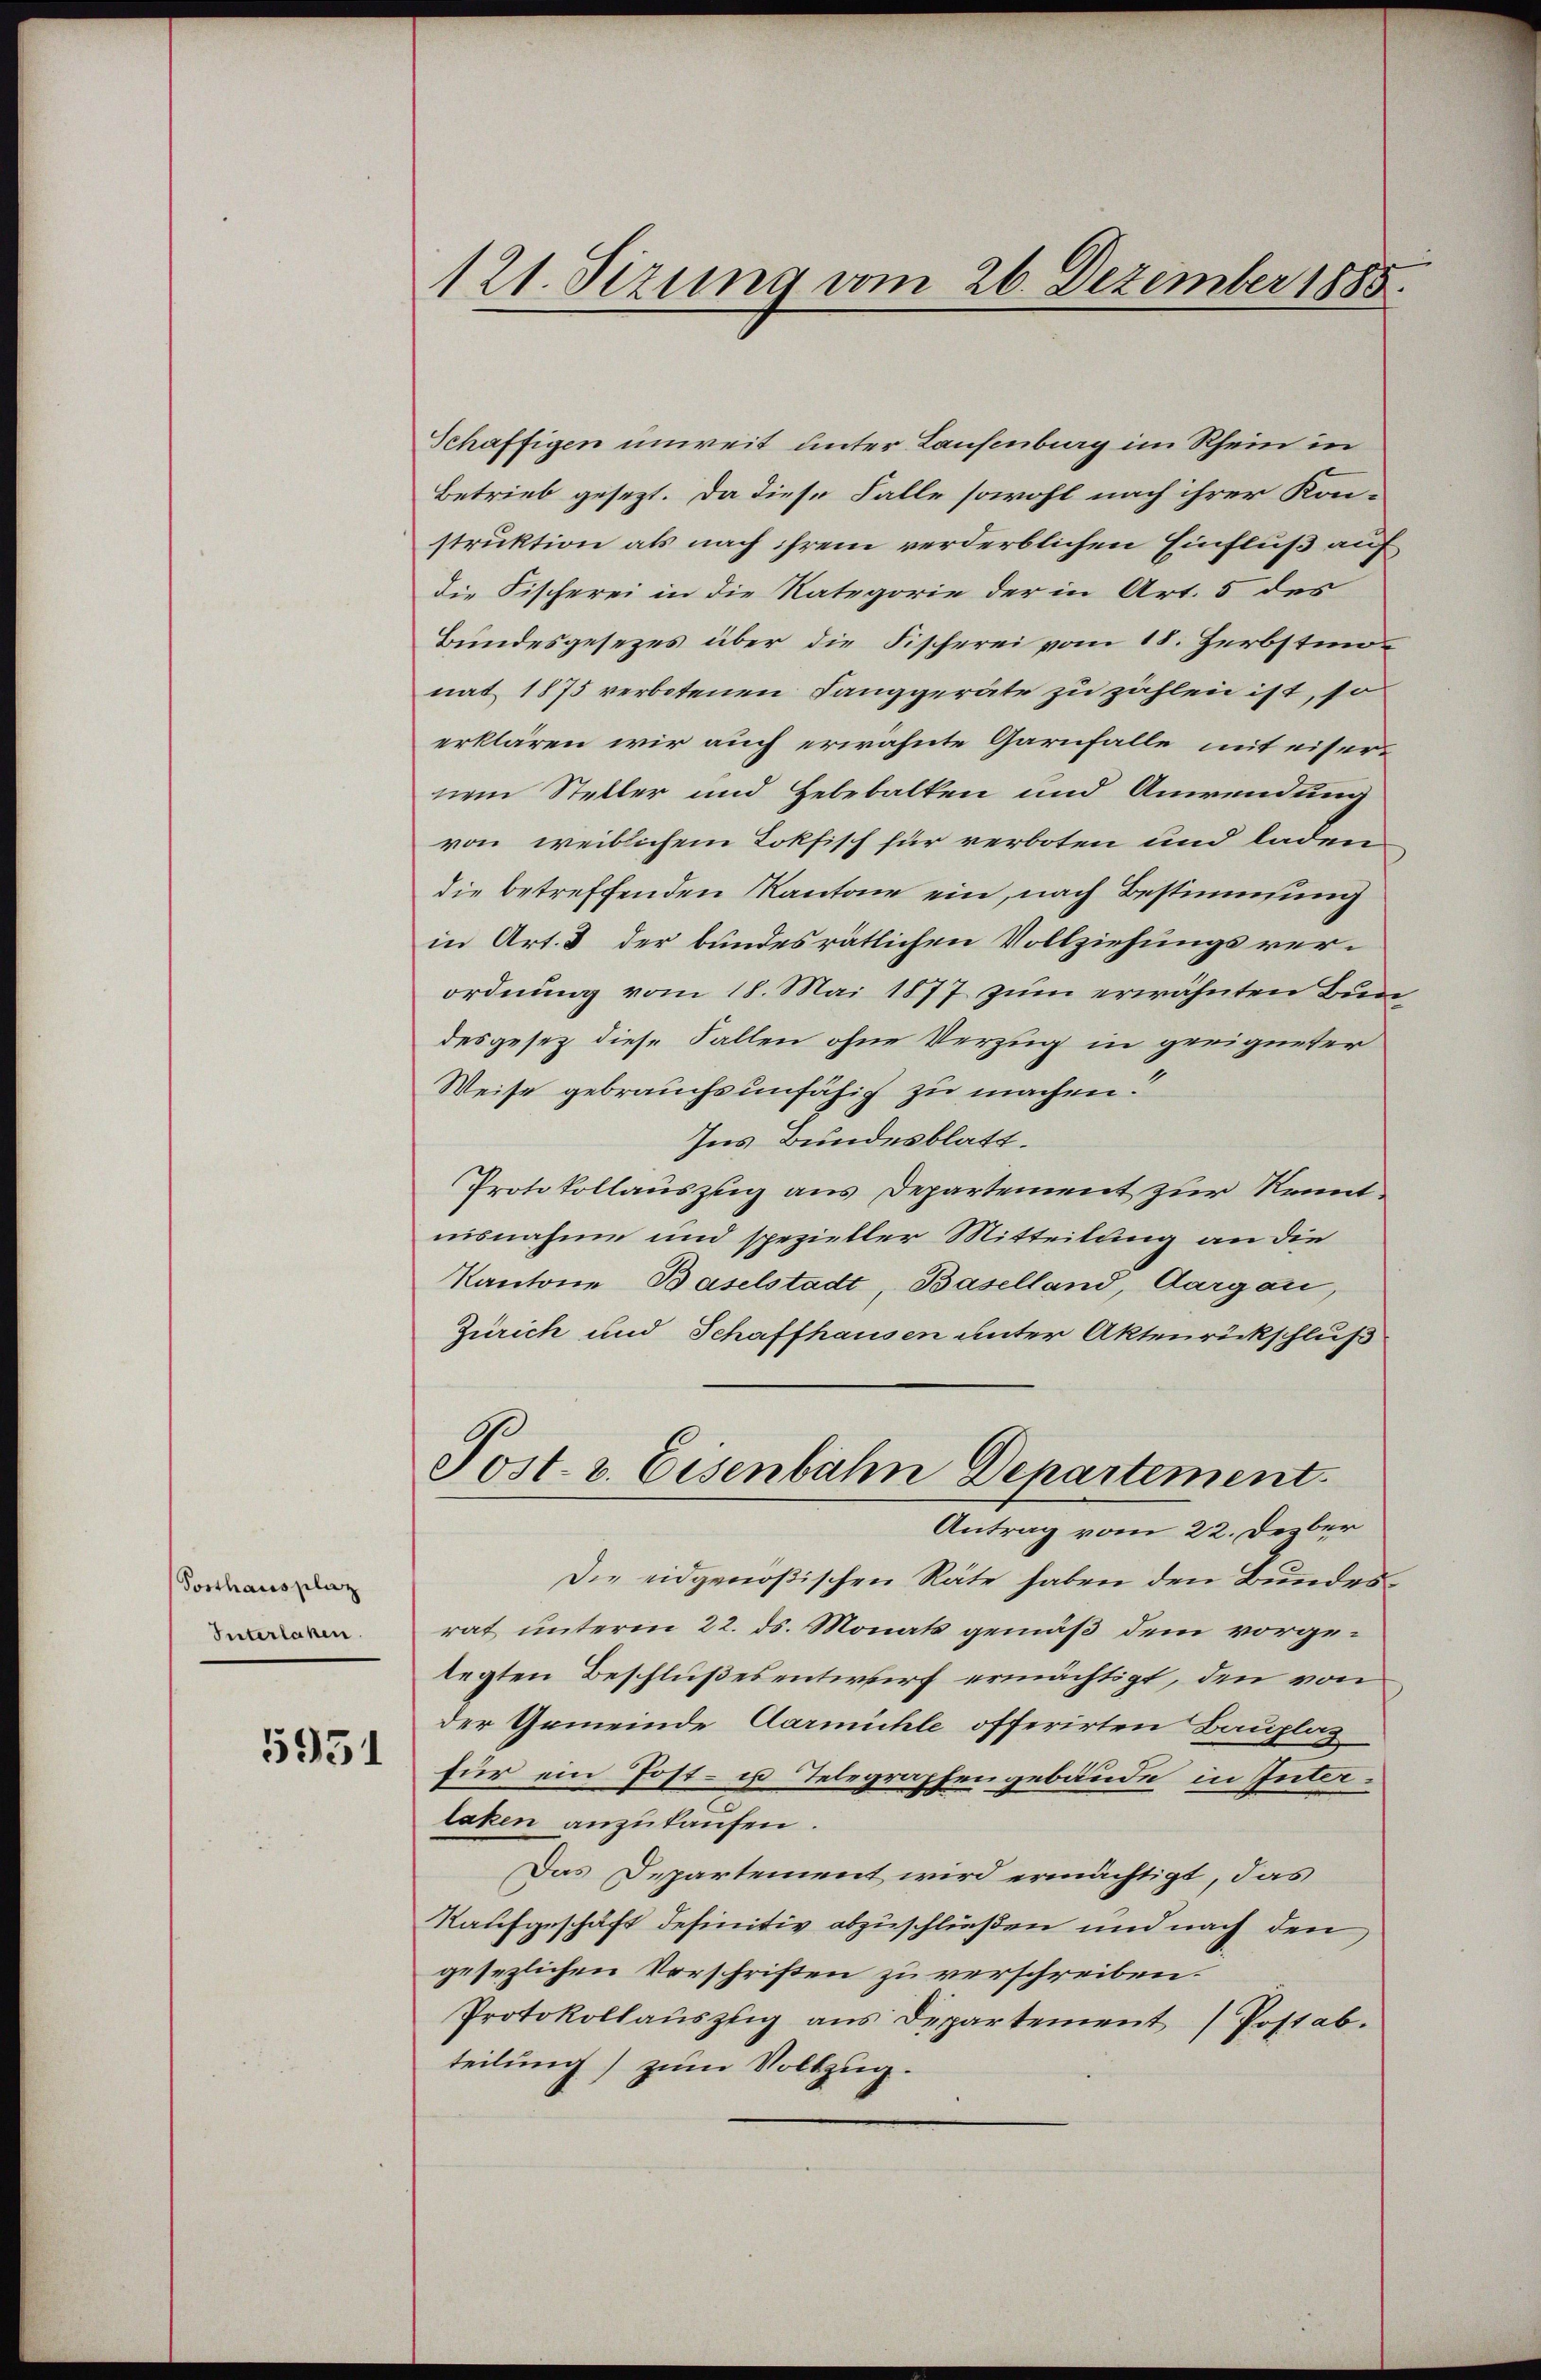
Posthausplaz
Interlaken.

5951

121. Sizung vom 26. Dezember 1885.

Schaffigen unweit unter Laufenburg im Rhein in
Betrieb gesezt. Da diese Falle sowohl nach ihrer Kon-
struktion als nach ihrem verderblichen Einfluß auf
die Fischerei in die Kategorie der in Art. 5 des
Bundesgesezes über die Fischerei vom 18. Herbstmonat 1875 verbotenen Langgeräte zu zählen ist, so
erklären wir auch erwähnte Garnfalle mit eisernem Steller und Hebebalken und Anwendung
von weiblichem Tokfisch für verboten und laden
die betreffenden Kantone ein, nach Bestimmung
in Art. 3 der bundesrätlichen Vollziehungsver-
ordnung vom 18. Mai 1877 zum erwähnten Bun
desgesetz diese Fallen ohne Verzug in geeigneter
Weise gebrauchs unfähig zu machen.
Ins Bundesblatt.
Protokollauszug aus Departement zur Kenntnisnahme und spezieller Mitteilung an die
Kantone Baselstadt, Baselland, Aargau,
Zürich und Schaffhausen unter Aktenrückschluß
Post- & Eisenbahn Departement
Antrag vom 22. Dezber
Die eidgenößischen Räte haben den Bundesrat unterm 22. ds. Monats gemäß dem vorgelegten Beschlußesentwurf ermächtigt, den von
der Gemeinde Carmühle offerirten Bauplag
für ein Post- u Telegraphengebäude in Interlaken anzukaufen.
Das Departement wird ermächtigt, das
Kaufgeschäft definitiv abzuschließen und nach den
gesezlichen Vorschriften zu verschreiben.
Protokollauszug aus Departement / Postab.
teilung) zum Vollzug.